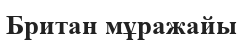
Британ мұражайы